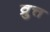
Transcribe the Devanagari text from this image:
व्रुत्त